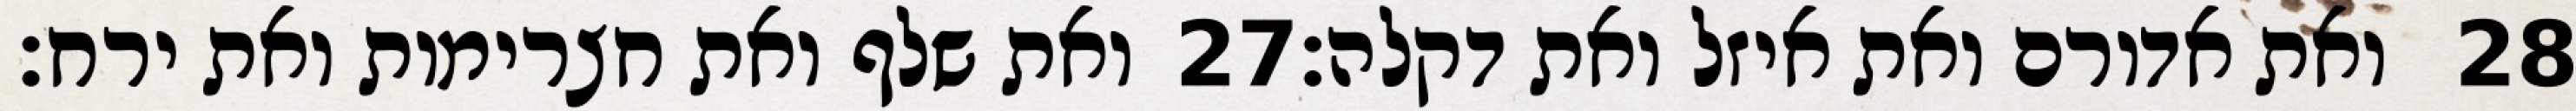
ואת שלף ואת חצרימות ואת ירח׃ ‎27‏ ואת אדורם ואת איזל ואת דקלה׃ ‎28‏